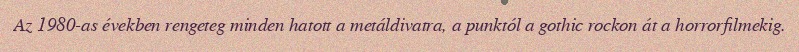
Az 1980-as években rengeteg minden hatott a metáldivatra, a punktól a gothic rockon át a horrorfilmekig.